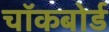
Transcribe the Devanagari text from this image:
चॉकबोर्ड